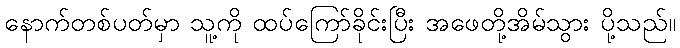
နောက်တစ်ပတ်မှာ သူ့ကို ထပ်ကြော်ခိုင်းပြီး အဖေတို့အိမ်သွား ပို့သည်။